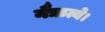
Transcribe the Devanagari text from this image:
नैऋत्ये।